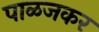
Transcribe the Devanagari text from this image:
पाळजकर